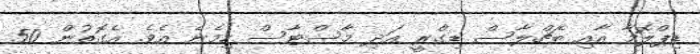
ޑިޕްލޮމާ އާއި ބެޗްލާސް ޑިގްރީ އަދި މާސްޓާސް ހިމެނެ އެވެ. އެގޮތުން 50